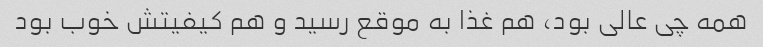
همه چی عالی بود، هم غذا به موقع رسید و هم کیفیتش خوب بود